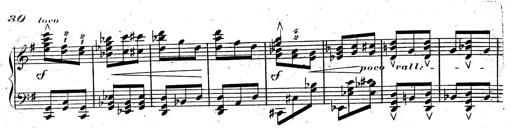
Title: Rondeau fantastique sur un thÃ¨me espagnol
Composer: Franz Liszt